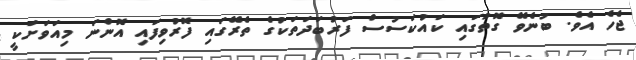
ޖެހެ އެވެ. ބުނެވޭ ގޮތުގައި ކައުކަސުސް ފަރުބަދަތަކުގެ ތެރޭގައި ފޮރުވިފައި އޮންނަ މިއަވަށަކީ